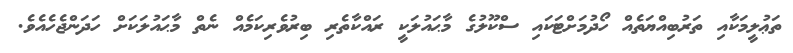
ތަޢުލީމަކާއި ތަރުބިއްޔަތެއް ހޯދުމަށްޓަކައި ސްކޫލުގެ މާޙައުލަކީ ރައްކާތެރި ބިރުވެރިކަމެއް ނެތް މާޙައުލަކަށް ހަދަންޖެހެއެވެ.